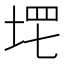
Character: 𡌣